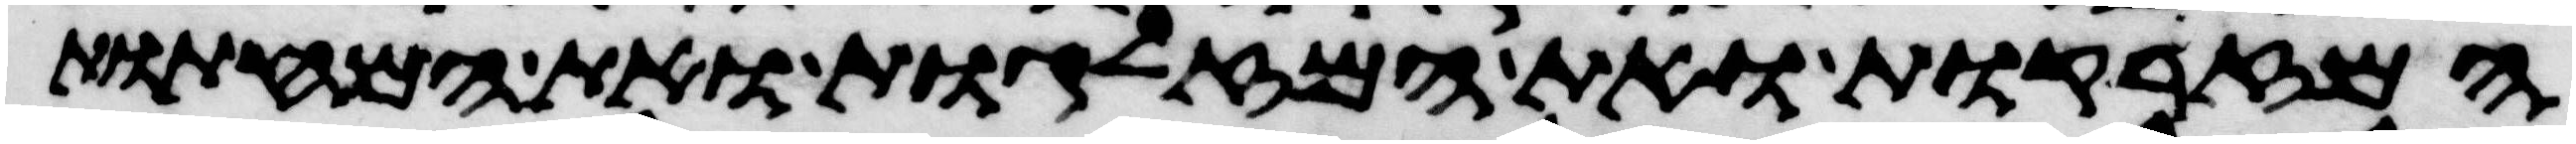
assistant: המזרקות ואת המזלגות ואת המחתות